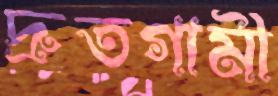
দ্রুতগামী